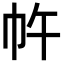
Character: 𭘔